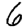
Digit: 6